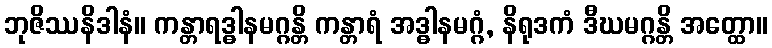
ဘုဇိဿနိဒါနံ။ ကန္တာရဒ္ဓါနမဂ္ဂန္တိ ကန္တာရံ အဒ္ဓါနမဂ္ဂံ, နိရုဒကံ ဒီဃမဂ္ဂန္တိ အတ္ထော။